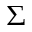
\Sigma